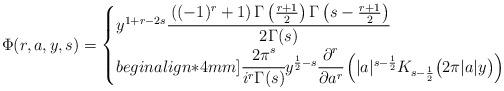
LaTeX: \begin{align*}\Phi(r,a,y,s) = \begin{cases}y^{1+r-2s} \cfrac{\left( (-1)^r + 1\right) \Gamma\left(\frac{r+1}{2}\right) \Gamma\left(s-\frac{r+1}{2}\right) }{2\Gamma(s)} & \\begin{align*}4mm]\cfrac{2\pi^s}{i^r \Gamma(s)} y^{\frac12-s} \cfrac{\partial^r}{\partial a^r}\left( |a|^{s-\frac12} K_{s-\frac12}\big(2\pi|a|y\big)\right) & \end{cases}\end{align*}